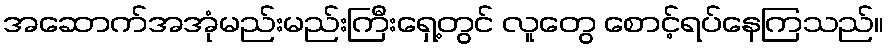
အဆောက်အအုံမည်းမည်းကြီးရှေ့တွင် လူတွေ စောင့်ရပ်နေကြသည်။